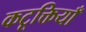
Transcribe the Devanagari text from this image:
कटूक्तियाँ